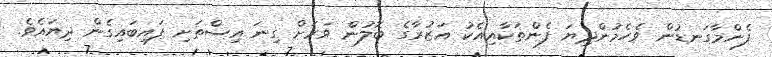
ފެންމާގަނޑުން ވެހެމުންދިޔަ ފެންތަކާއިއެކު އަޒުރާގެ ބޮލުން ވަރަށް ގިނަ އިސްތަށި ފައިބައިގެން ދިޔައެވެ.